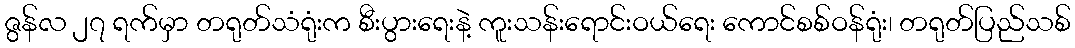
ဇွန်လ ၂၇ ရက်မှာ တရုတ်သံရုံးက စီးပွားရေးနဲ့ ကူးသန်းရောင်းဝယ်ရေး ကောင်စစ်ဝန်ရုံး၊ တရုတ်ပြည်သစ်